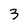
Character: 3